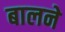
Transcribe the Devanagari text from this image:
बालने